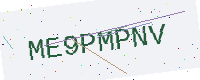
Text: ME9PMPNV